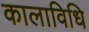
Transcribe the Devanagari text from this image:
कालाविधि